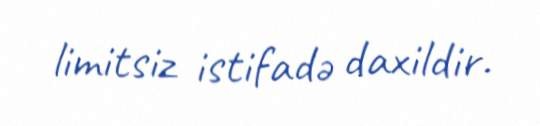
limitsiz istifadə daxildir.